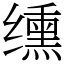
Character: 𫄸